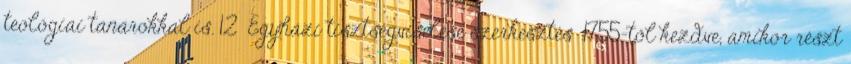
teológiai tanárokkal is. 12 Egyházi tisztségviselése szerkesztés 1755-től kezdve, amikor részt